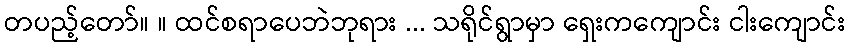
တပည့်တော်။ ။ ထင်စရာပေဘဲဘုရား ... သရိုင်ရွာမှာ ရှေးကကျောင်း ငါးကျောင်း